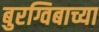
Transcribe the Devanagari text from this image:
बुरग्विबाच्या